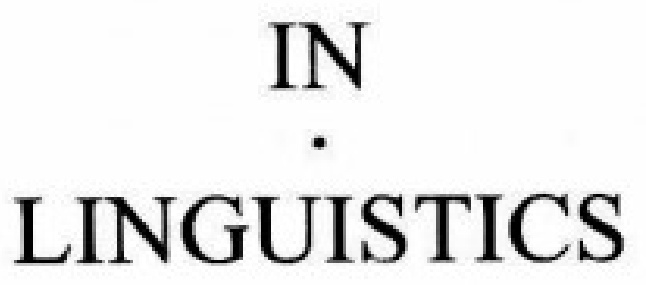
IN\.\newline LINGUISTICS